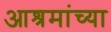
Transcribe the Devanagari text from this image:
आश्रमांच्या